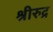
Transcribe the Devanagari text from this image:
श्रीरुद्र